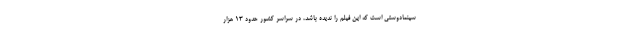
سینمادوستی است که این فیلم را ندیده باشد، در سراسر کشور حدود ۱۳ هزار